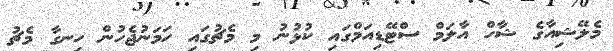
މެލޭޝިއާގެ ޝާހް އާލަމް ސްޓޭޑިއަމްގައި ކުޅުނު މި މެޗުގައި ހަމަނުޖެހުން ހިނގާ މެޗު